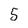
Character: 5